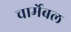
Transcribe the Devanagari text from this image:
चार्मेबल